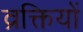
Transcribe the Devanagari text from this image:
व्रक्तियों